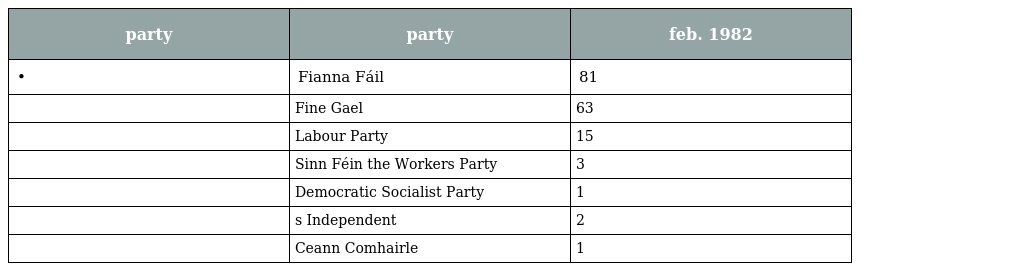
| party | party | feb. 1982 |
 | --- | --- | --- |
 | • | Fianna Fáil | 81 |
 |  | Fine Gael | 63 |
 |  | Labour Party | 15 |
 |  | Sinn Féin the Workers Party | 3 |
 |  | Democratic Socialist Party | 1 |
 |  | s Independent | 2 |
 |  | Ceann Comhairle | 1 |